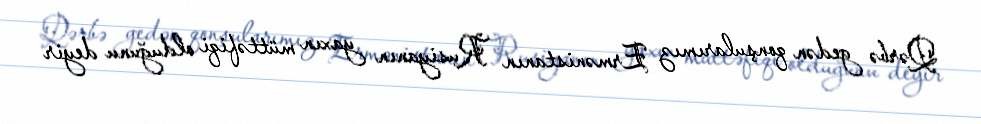
Qərbə gedən qonşularımız Ermənistanın Rusiyanın yaxın müttəfiqi olduğunu deyir